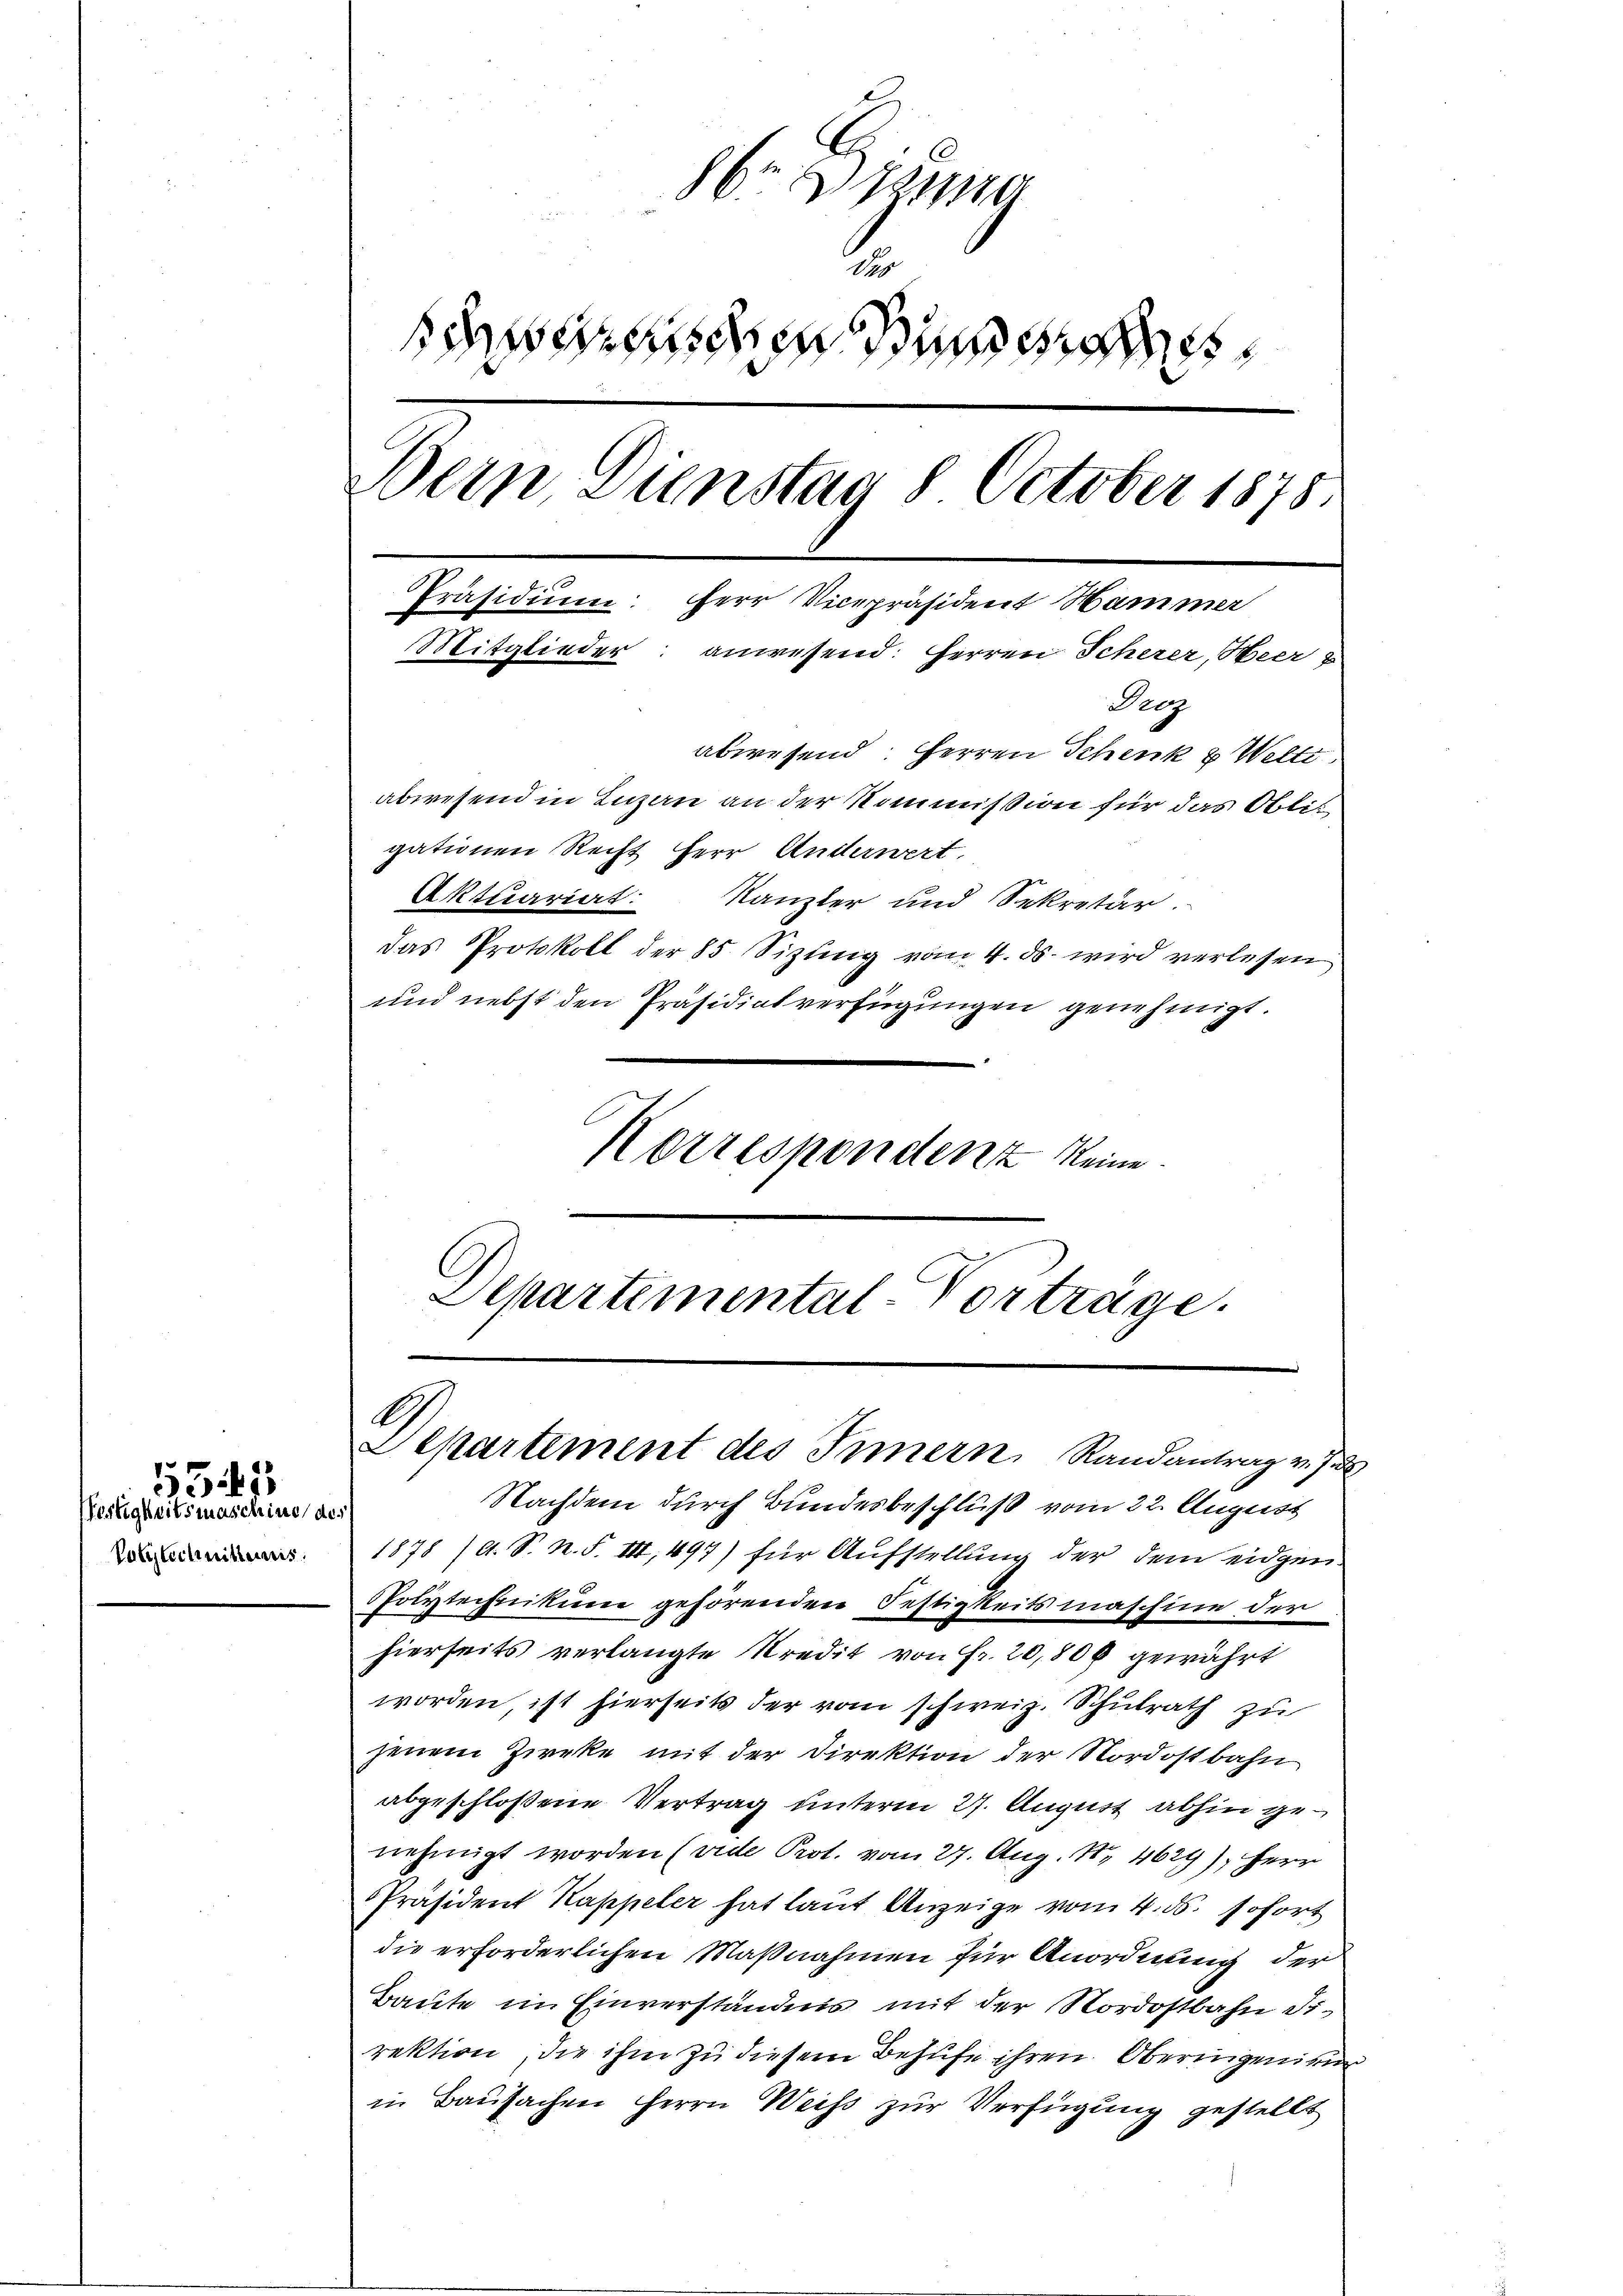
Pertigkeitsmaschine, des
Polytechnitteinis

555

86 S. 12110
2
sehenden und
Dein Dienstag 8 October 1878.
Präsidium, Herr Vicepräsident Hammer
Mitglieder: anwesend: Herren Scherer, Neer
Beog
abwesend: Herren Schenk & Welti
abwesend in Luzen an der Kommission für das Oblitgationen Recht Herr Anderwert.
Aktuariat Kanzler und Sekretär.
das Protokoll der 85 Sizung vom 4. ds. wird verlesen
und nebst den Präsidialverfügungen genehmigt.
Korrespondenz keine

Departemental-Vorträge.

Nachdem durch Bundesbeschluß vom 22. August
1878 /d. S. n. F. VII, 497) für Aufstellung der dem eidgen.
PPolytechnikum gehörenden Bestigkeitsmaschine der
hierseits verlangte Kredit von Fr. 20,800 gewährt
worden, ist hierseits der vom schweiz. Schulrath zu
jenem Zirke mit der Direktion der Nordostbahn
abgeschloßene Vertrag unterm 27. August abhin genehmigt worden (vide Prot. vom 27. Aug. 11. 4629), Herr
Präsident Kappeler hat laut Anzeige vom 4. ds. sofort
die erforderlichen Maßnahmen für Anordnung der
Baute im Einverständnis mit der Nordostbahn die
rektion, die ihm zu diesem Behufe ihren Oberingenieur
in Bausachen Herrn Weiss zur Verfügung gestellt

A
Departement des Innern, Randantrag v. J.